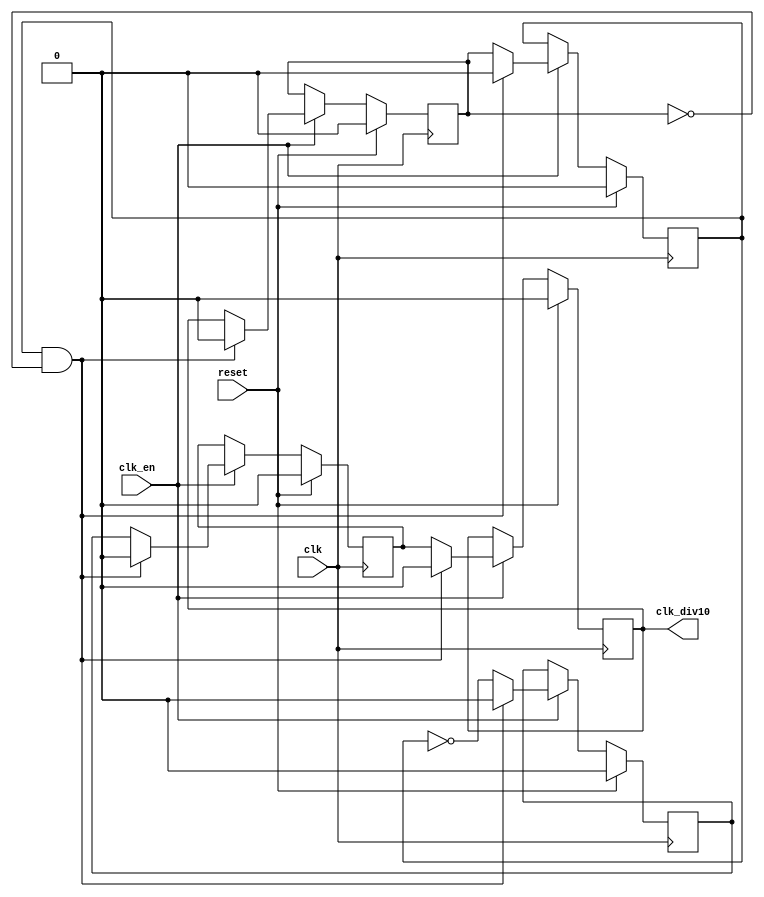
//------------------------------------------------------------------------------
//------------------------------------------------------------------------------
// (c) Copyright 2004-2008 Xilinx, Inc. All rights reserved.
//
// This file contains confidential and proprietary information
// of Xilinx, Inc. and is protected under U.S. and
// international copyright and other intellectual property
// laws.
//
// DISCLAIMER
// This disclaimer is not a license and does not grant any
// rights to the materials distributed herewith. Except as
// otherwise provided in a valid license issued to you by
// Xilinx, and to the maximum extent permitted by applicable
// law: (1) THESE MATERIALS ARE MADE AVAILABLE "AS IS" AND
// WITH ALL FAULTS, AND XILINX HEREBY DISCLAIMS ALL WARRANTIES
// AND CONDITIONS, EXPRESS, IMPLIED, OR STATUTORY, INCLUDING
// BUT NOT LIMITED TO WARRANTIES OF MERCHANTABILITY, NON-
// INFRINGEMENT, OR FITNESS FOR ANY PARTICULAR PURPOSE; and
// (2) Xilinx shall not be liable (whether in contract or tort,
// including negligence, or under any other theory of
// liability) for any loss or damage of any kind or nature
// related to, arising under or in connection with these
// materials, including for any direct, or any indirect,
// special, incidental, or consequential loss or damage
// (including loss of data, profits, goodwill, or any type of
// loss or damage suffered as a result of any action brought
// by a third party) even if such damage or loss was
// reasonably foreseeable or Xilinx had been advised of the
// possibility of the same.
//
// CRITICAL APPLICATIONS
// Xilinx products are not designed or intended to be fail-
// safe, or for use in any application requiring fail-safe
// performance, such as life-support or safety devices or
// systems, Class III medical devices, nuclear facilities,
// applications related to the deployment of airbags, or any
// other applications that could lead to death, personal
// injury, or severe property or environmental damage
// (individually and collectively, "Critical
// Applications"). Customer assumes the sole risk and
// liability of any use of Xilinx products in Critical
// Applications, subject only to applicable laws and
// regulations governing limitations on product liability.
//
// THIS COPYRIGHT NOTICE AND DISCLAIMER MUST BE RETAINED AS
// PART OF THIS FILE AT ALL TIMES. 
// 
// 
//------------------------------------------------------------------------------
//  Description:  This logic describes a standard johnson counter to
//                create divided down clocks.  A divide by 10 clock is
//                created.
//
//                The capabilities of this Johnson counter are extended
//                with the use of the clock enables - it is only the
//                clock-enabled cycles which are divided down.
//
//                The divide by 10 clock is output directly from a rising
//                edge triggered flip-flop (clocked on the input clk).


`timescale 1 ps/1 ps


//------------------------------------------------------------------------------
// Module declaration.
//-----------------------------------------------------------------------------

module bd_929b_pcs_pma_0_johnson_cntr
  (
    input  reset,           // Synchronous Reset
    input  clk,             // Input clock (always at 125MHz)
    input  clk_en,          // Clock enable for rising edge triggered flip flops
    output clk_div10        // (Clock, gated with clock enable) divide by 10
  );



  //----------------------------------------------------------------------------
  // internal signals used in this top level wrapper.
  //----------------------------------------------------------------------------


  reg reg1;            // first flip flop
  reg reg2;            // second flip flop
  reg reg3;            // third flip flop
  reg reg4;            // fourth flip flop
  reg reg5;            // fifth flip flop



  // Create a 5-stage shift register
  always @(posedge clk)
  begin
    if (reset == 1'b1) begin
      reg1 <= 1'b0;
      reg2 <= 1'b0;
      reg3 <= 1'b0;
      reg4 <= 1'b0;
      reg5 <= 1'b0;
    end
    else begin
      if (clk_en == 1'b1) begin
        if (reg5 == 1'b1 && reg4 == 1'b0) begin  // ensure that LFSR self corrects on every repetition
          reg1 <= 1'b0;
          reg2 <= 1'b0;
          reg3 <= 1'b0;
          reg4 <= 1'b0;
          reg5 <= 1'b0;
        end
        else begin
          reg1 <= !reg5;
          reg2 <= reg1;
          reg3 <= reg2;
          reg4 <= reg3;
          reg5 <= reg4;
        end
      end
    end
  end



  // The 5-stage shift register causes reg3 to toggle every 5 clock
  // enabled cycles, effectively creating a divide by 10 clock
  assign clk_div10 = reg3;



endmodule